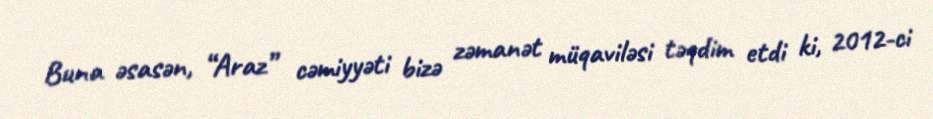
Buna əsasən, “Araz” cəmiyyəti bizə zəmanət müqaviləsi təqdim etdi ki, 2012-ci